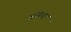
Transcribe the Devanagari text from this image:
अग्निधान